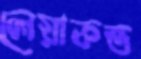
লেয়াকত